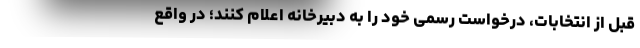
قبل از انتخابات، درخواست رسمی خود را به دبیرخانه اعلام کنند؛ در واقع